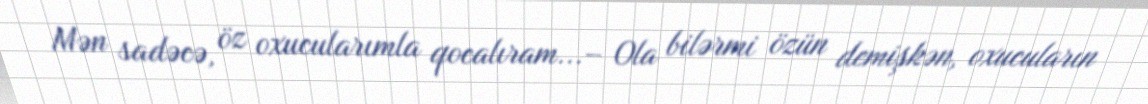
Mən sadəcə, öz oxucularımla qocalıram...– Ola bilərmi özün demişkən, oxucuların